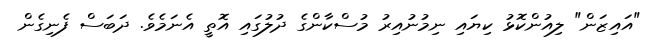
"އައިޒަން" ލިއުންކޮޅު ކިޔައި ނިމުނުއިރު މުސްކާންގެ ދުލުގައި އޮތީ އެނަމެވެ. ދަބަސް ފެނިގެން